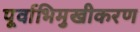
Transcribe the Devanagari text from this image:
पूर्वाभिमुखीकरण